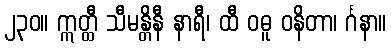
၂၃၀။ ဣတ္ထီ သီမန္တိနီ နာရီ၊ ထီ ဝဓူ ဝနိတာ၊ င်္ဂနာ။